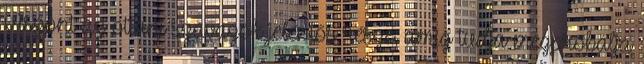
Viszont az ottani szavazók jelentős része, amíg tudja megpróbálja